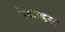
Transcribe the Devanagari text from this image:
रेकाडस